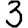
Digit: 3